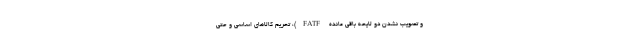
و تصویب نشدن دو لایحه باقی مانده FATF)، تحریم کالاهای اساسی و حتی